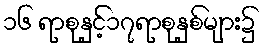
၁၆ ရာစုနှင့်၁၇ရာစုနှစ်များ၌